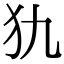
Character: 犰